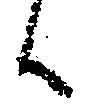
候